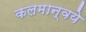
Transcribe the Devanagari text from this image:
कलमान्वये